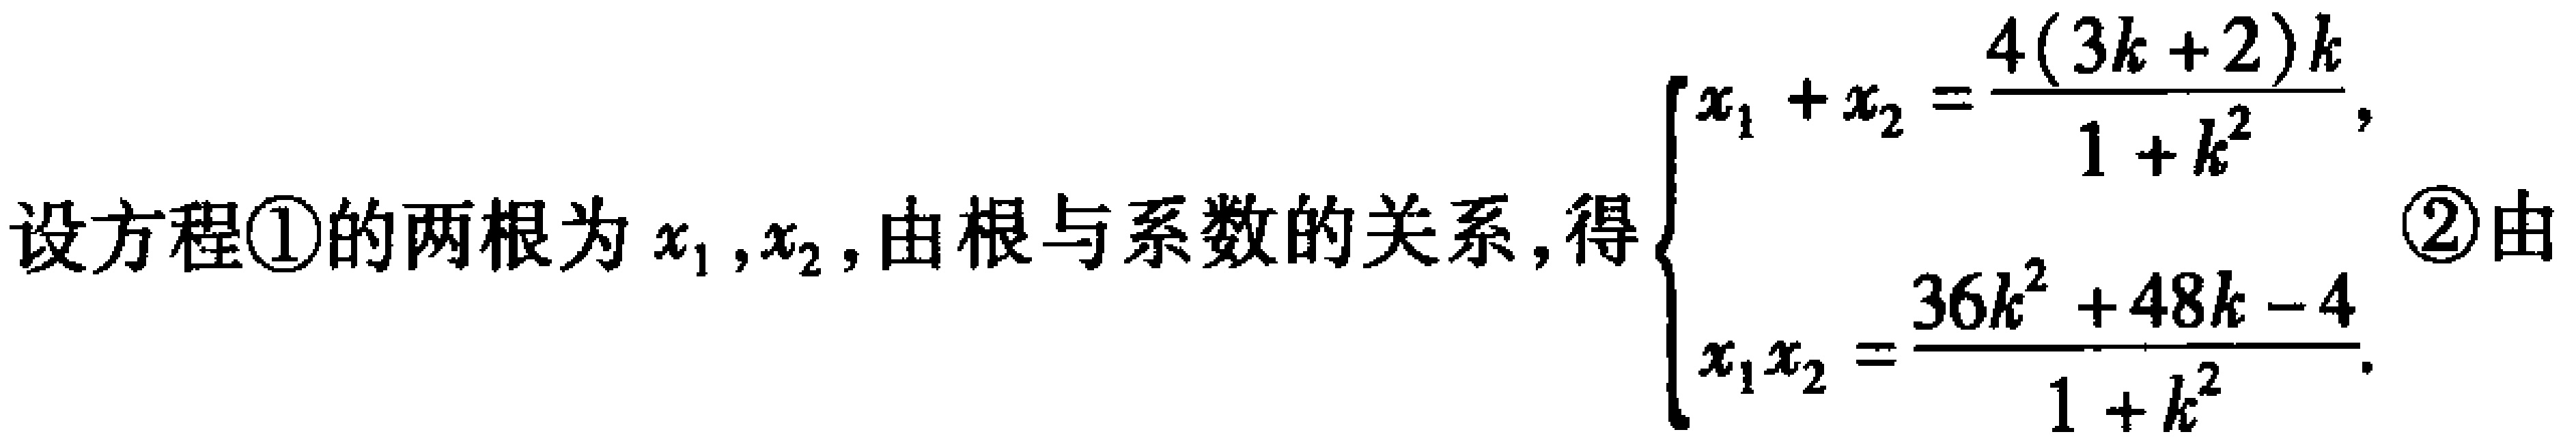
设方程\textcircled{1}的两根为$x_1,x_2$,由根与系数的关系,得$\begin{cases}x_1 + x_2=\dfrac{4(3k + 2)k}{1 + k^{2}},\\x_1x_2=\dfrac{36k^{2} + 48k - 4}{1 + k^{2}}.\end{cases}$\textcircled{2}由